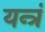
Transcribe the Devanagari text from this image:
यन्त्रं